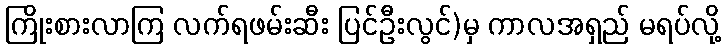
ကြိုးစားလာကြ လက်ရဖမ်းဆီး ပြင်ဦးလွင်)မှ ကာလအရှည် မရပ်လို့